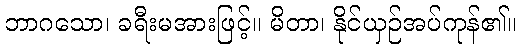
ဘာဂသော၊ ခရီးမအားဖြင့်။ မိတာ၊ နိုင်ယှဉ်အပ်ကုန်၏။